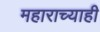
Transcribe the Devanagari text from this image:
महाराच्याही